65_HS1-834228961_62-HQ-83894_Section_2
Agency: FBI
Page 135
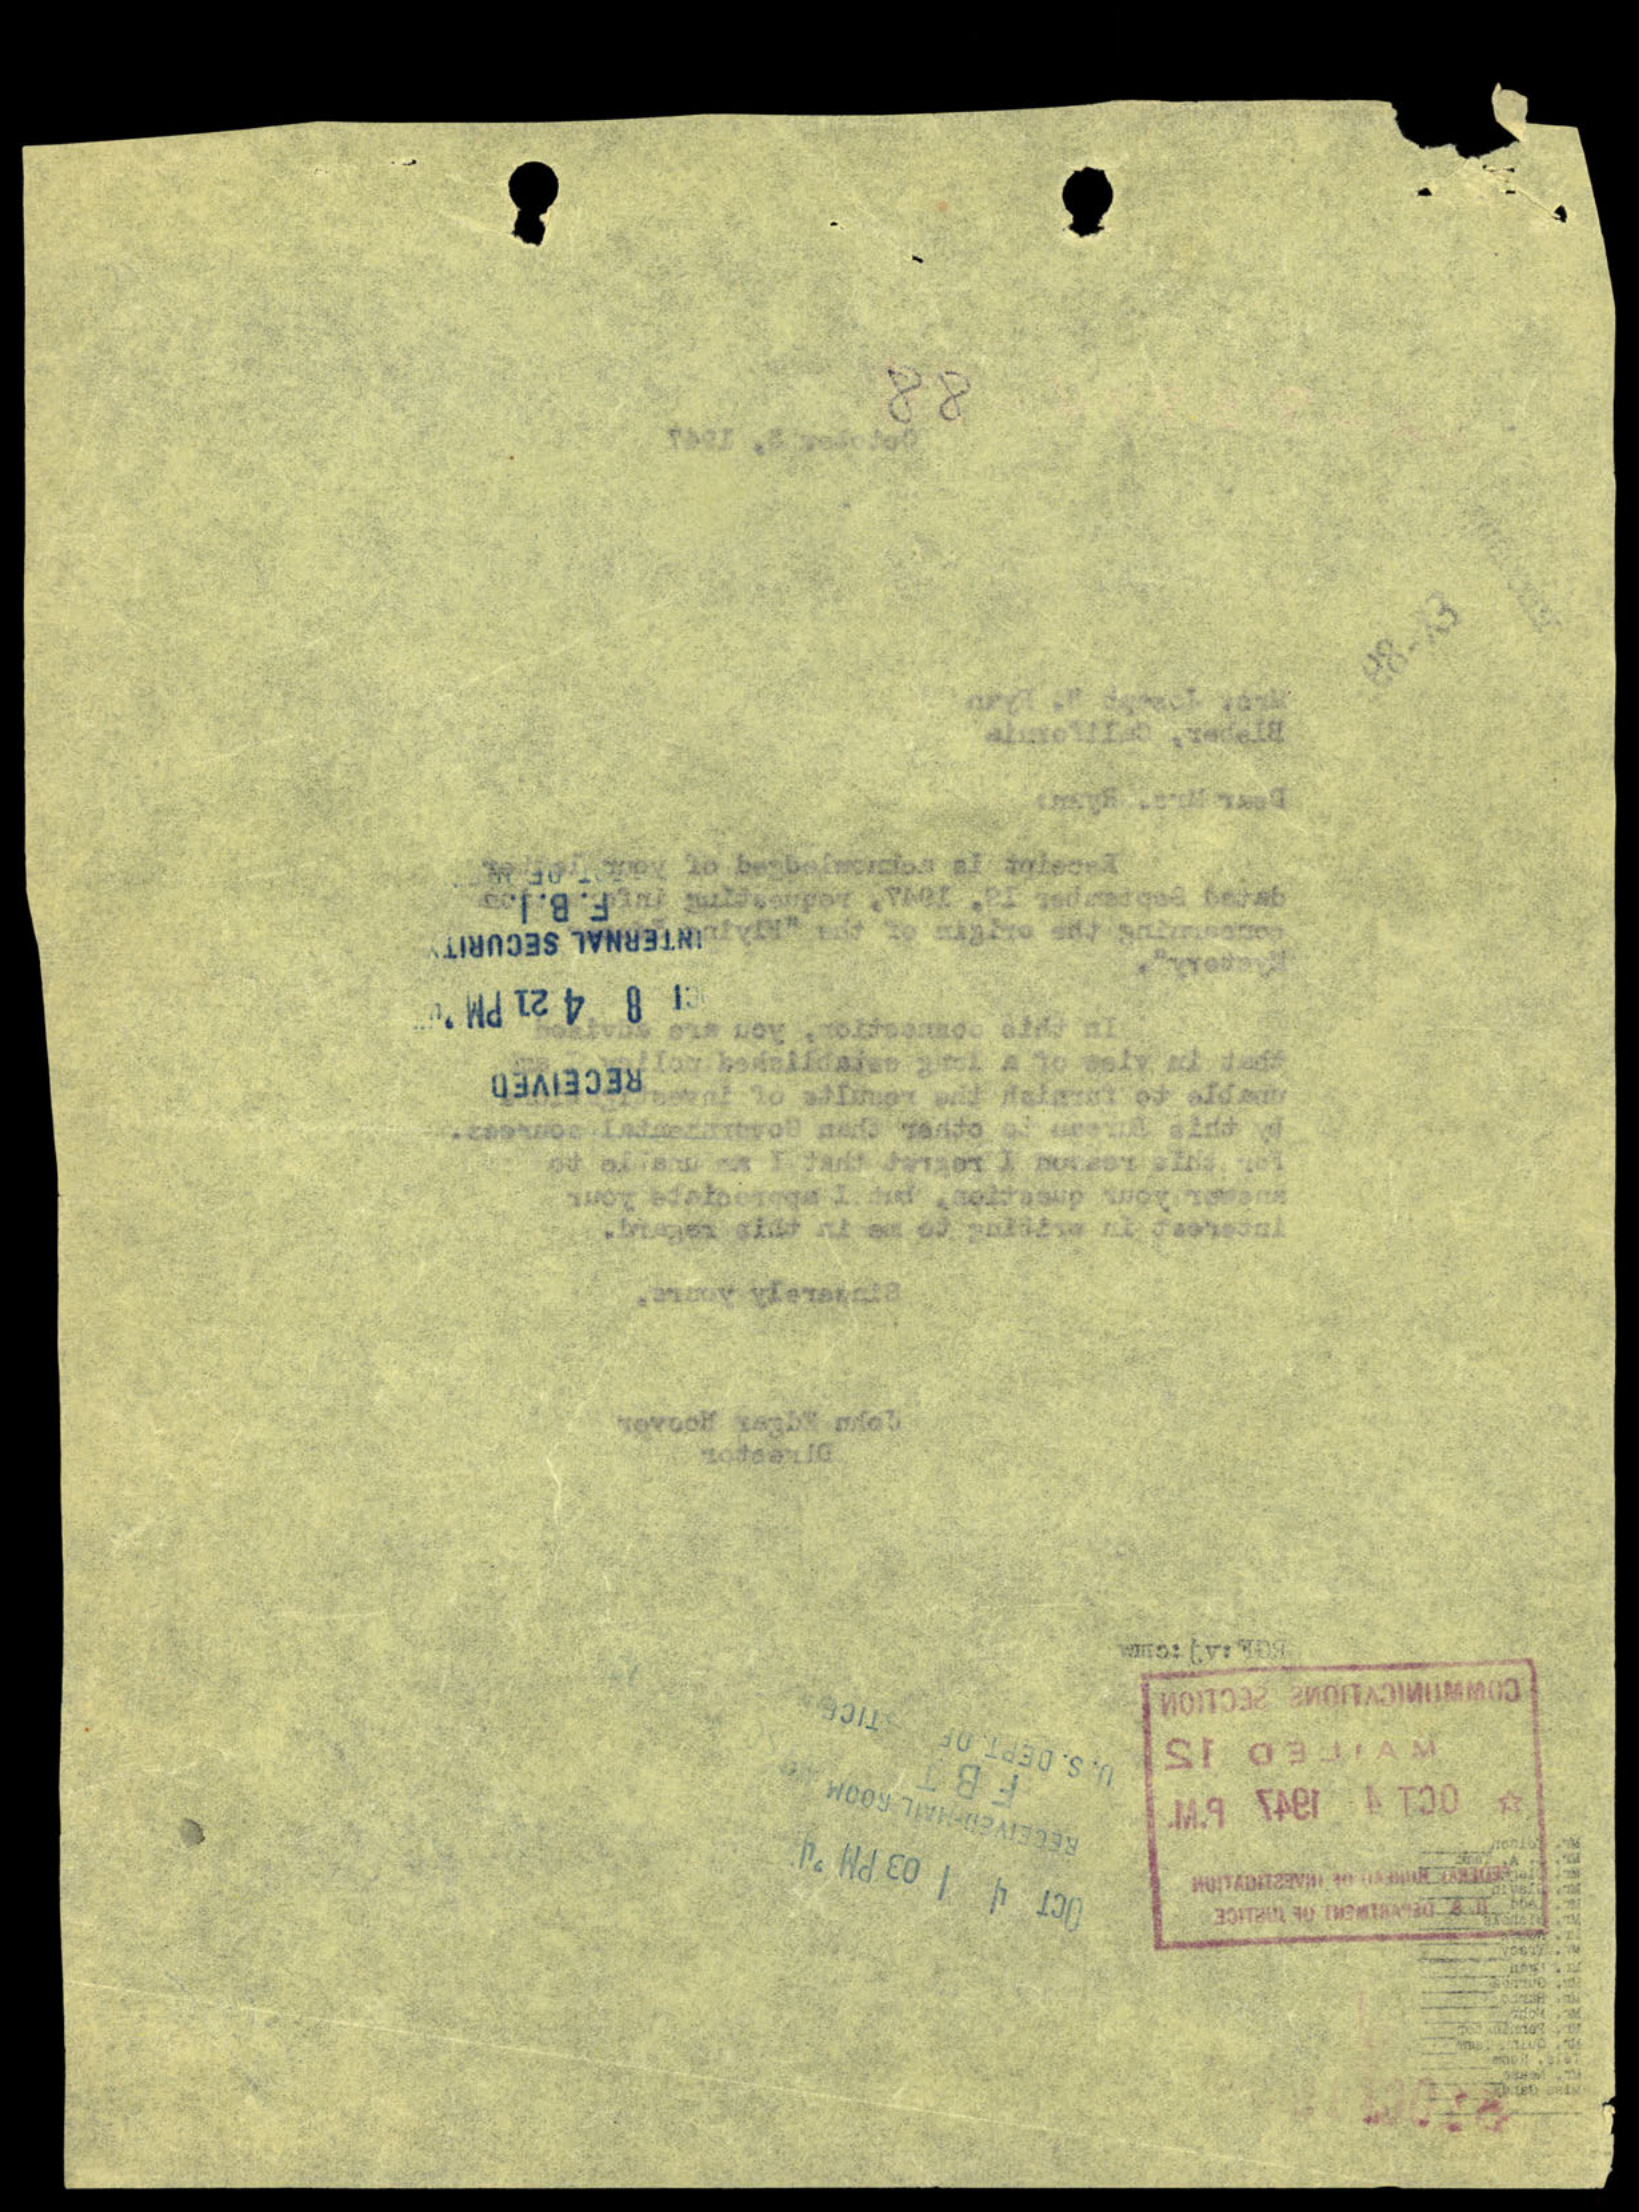